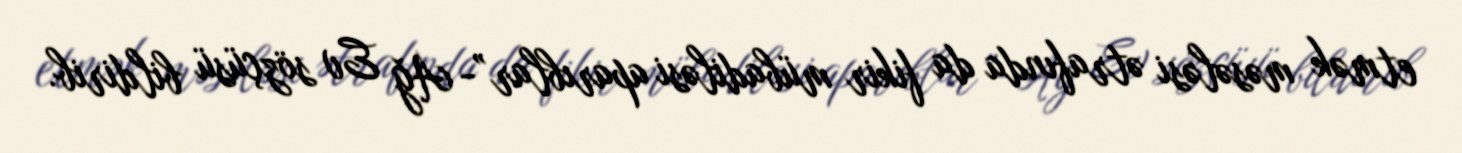
etmək məsələsi ətrafında da fikir mübadiləsi aparıblar”- Ağ Ev sözçüsü bildirib.